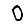
Digit: 0